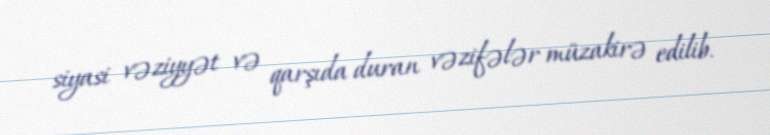
siyasi vəziyyət və qarşıda duran vəzifələr müzakirə edilib.